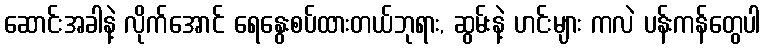
ဆောင်းအခါနဲ့ လိုက်အောင် ရေနွေးစပ်ထားတယ်ဘုရား, ဆွမ်းနဲ့ ဟင်းများ ကလဲ ပန်းကန်တွေပါ